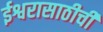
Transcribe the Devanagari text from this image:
ईश्वरासाठीची